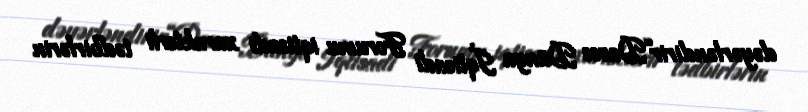
dəyərləndirir“Davos Dünya İqtisadi Forumu iqtisadi xarakterli tədbirlərin